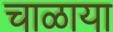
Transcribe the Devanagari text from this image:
चाळाया